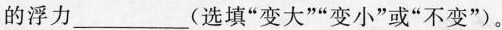
的浮力_______(选填“变大”“变小”或“不变”)。